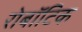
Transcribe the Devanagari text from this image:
रोबॉटिक